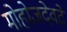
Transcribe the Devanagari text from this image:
मोहोजदेवढे